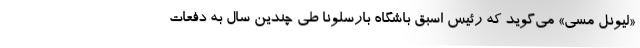
«لیونل مسی» می‌گوید که رئیس اسبق باشگاه بارسلونا طی چندین سال به دفعات